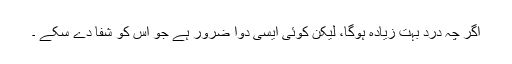
اگر چہ درد بہت زیادہ ہوگا، لیکن کوئی ایسی دوا ضرور ہے جو اس کو شفا دے سکے ۔